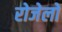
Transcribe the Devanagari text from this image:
रोजेलो